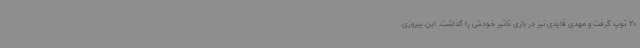
20 توپ گرفت و مهدی قایدی نیز در بازی تاثیر خودش را گذاشت. این پیروزی